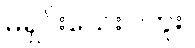
မရှင်းသေးပါဘူး။